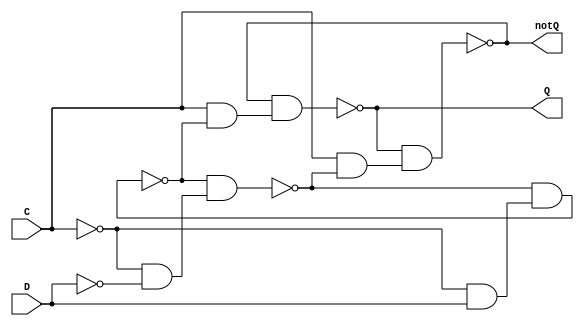
module D_FlipFlop (C, D, Q, notQ);
  input C, D;
  output Q, notQ;

  wire notC, latch_notD, latch_CnandD, latch_CnandnotD, SR_CnandS, SR_CnandR, SR_notS, SR_notR;

  not #1 g1(notC,C);

  // D-Latch
  nand #2 g1_1(latch_CnandD,notC,D);
  not #1 g1_2(latch_notD,D);
  nand #2 g1_3(latch_CnandnotD,notC,latch_notD);

  not #1 g2_1(latch_notS,latch_CnandD);
  not #1 g2_2(latch_notR,latch_CnandnotD);

  nand #2 g3_1(latch_Q,latch_notQ,latch_notR);
  nand #2 g3_2(latch_notQ,latch_Q,latch_notS);


  // gated-SR-Latch
  nand #2 g1_4(SR_CnandS,C,latch_Q);
  nand #2 g1_5(SR_CnandR,C,latch_notQ);

  not #1 g2_3(SR_notS,SR_CnandS);
  not #1 g2_4(SR_notR,SR_CnandR);

  nand #2 g3_3(Q,notQ,SR_notR);
  nand #2 g3_4(notQ,Q,SR_notS);


endmodule

// module D_latch (latch_C, latch_D, latch_Q, latch_notQ);
//   input latch_C, latch_D;
//   output latch_Q, latch_notQ;

//   wire latch_notD, latch_CnandD, latch_CnandnotD;

//   nand #2 g1_1(latch_CnandD,latch_C,latch_D);
//   not #1 g1_2(latch_notD,latch_D);
//   nand #2 g1_3(latch_CnandnotD,latch_C,latch_notD);

//   // nand SR-Latch
//   not #1 g2_1(latch_notS,latch_CnandD);
//   not #1 g2_2(latch_notR,latch_CnandnotD);

//   nand #2 g3_1(latch_Q,latch_notQ,latch_notR);
//   nand #2 g3_2(latch_notQ,latch_Q,latch_notS);

// endmodule


// module Gated_SR_latch (SR_C, SR_S, SR_R, SR_Q, SR_notQ);
//   input SR_C, SR_S, SR_R;
//   output SR_Q, SR_notQ;

//   wire SR_CnandS, SR_CnandR, SR_notS, SR_notR;

//   nand #2 g1_1(SR_CnandS,SR_C,SR_S);
//   nand #2 g1_2(SR_CnandR,SR_C,SR_R);

//   not #1 g2_1(SR_notS,SR_CnandS);
//   not #1 g2_2(SR_notR,SR_CnandR);

//   nand #2 g3_1(SR_Q,SR_notQ,SR_notR);
//   nand #2 g3_2(SR_notQ,SR_Q,SR_notS);

// endmodule